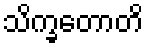
သိက္ခတောတိ